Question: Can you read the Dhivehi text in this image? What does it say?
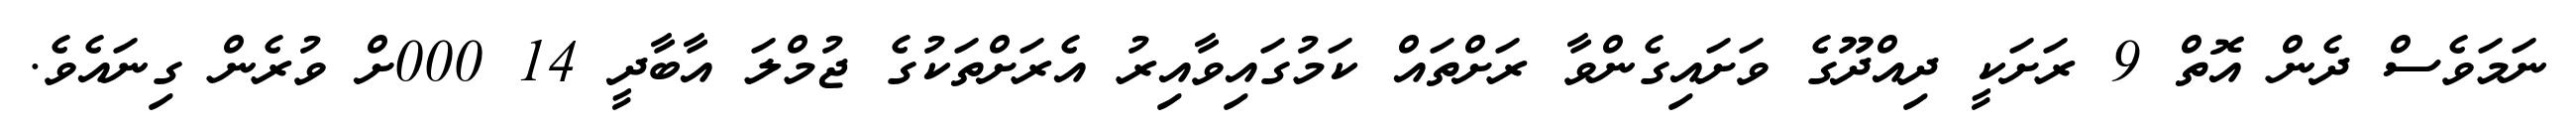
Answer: ނަމަވެސް ދެން އޮތް 9 ރަށަކީ ދިއްދޫގެ ވަށައިގެންވާ ރަށްތައް ކަމުގައިވާއިރު އެރަށްތަކުގެ ޖުމްލަ އާބާދީ 14 000ށް ވުރެން ގިނައެވެ.